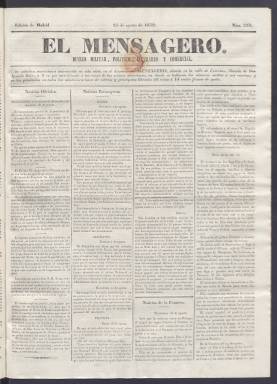
Título: El Mensagero (Madrid)
Colección: Periódicos anteriores a 1850
Ámbito geográfico: Madrid
Lugar de publicación: Madrid
Fechas: 25/08/1839-30/07/1840